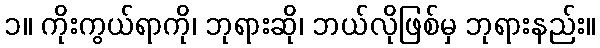
၁။ ကိုးကွယ်ရာကို၊ ဘုရားဆို၊ ဘယ်လိုဖြစ်မှ ဘုရားနည်း။